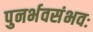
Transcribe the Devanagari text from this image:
पुनर्भवसंभवः